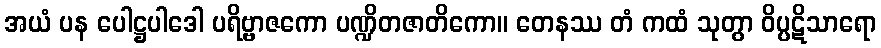
အယံ ပန ပေါဋ္ဌပါဒေါ ပရိဗ္ဗာဇကော ပဏ္ဍိတဇာတိကော။ တေနဿ တံ ကထံ သုတွာ ဝိပ္ပဋိသာရော